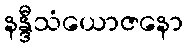
နန္ဒီသံယောဇနော